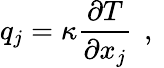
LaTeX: q_{j}=\kappa\frac{\partial T}{\partial x_{j}}\, \mathrm{~,~}